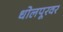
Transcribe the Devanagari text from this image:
धोलपूरवर